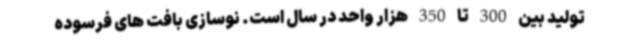
تولید بین 300 تا 350 هزار واحد در سال است. نوسازی بافت های فرسوده